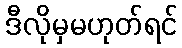
ဒီလိုမှမဟုတ်ရင်